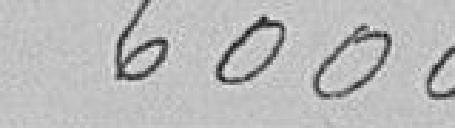
6 000